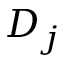
D _ { j }